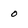
Character: 0